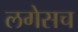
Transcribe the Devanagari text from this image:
लगेसच